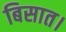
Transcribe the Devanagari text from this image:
बिसात।